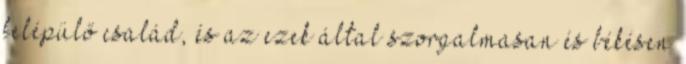
felépülő család, és az ezek által szorgalmasan és békésen